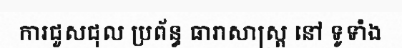
ការជួសជុល ប្រព័ន្ធ ធារាសាស្ត្រ នៅ ទូទាំង